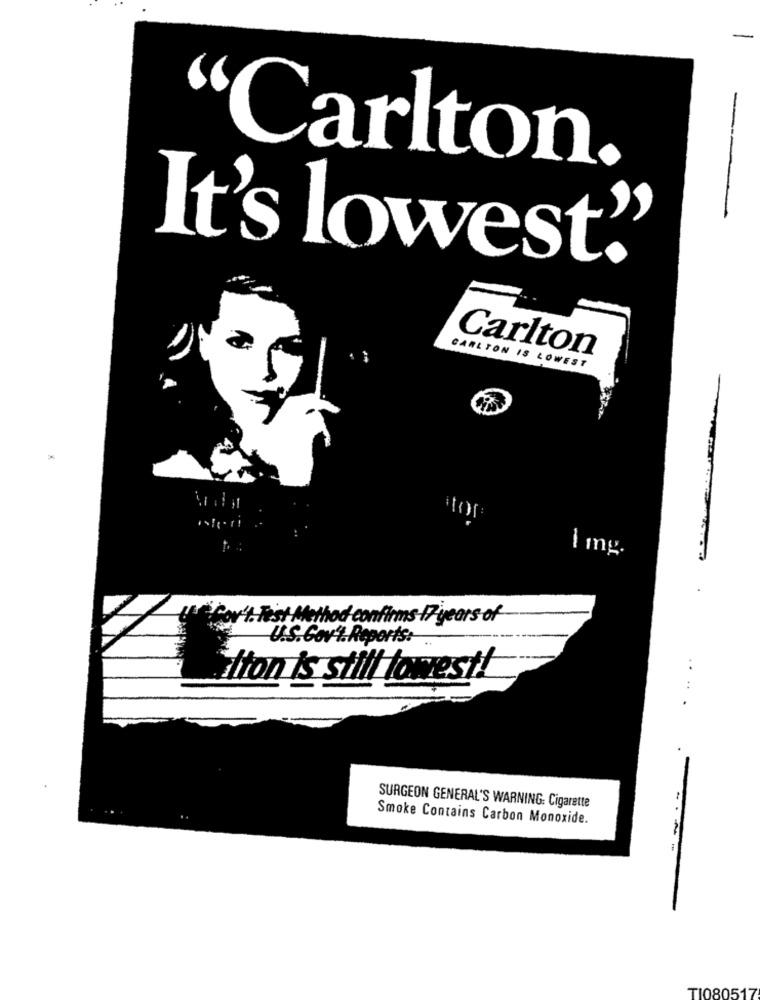
Carlton.
It's lowest.
Carlton
CARLTON IS LOWEST
stor
cov't. Test Method confirms-17 years of-
U.S.Gov't.Reports:
tion is still lowest!
SURGEON GENERAL'S WARNING: Cigarette
Smoke Contains Carbon Monoxide.
TI080517